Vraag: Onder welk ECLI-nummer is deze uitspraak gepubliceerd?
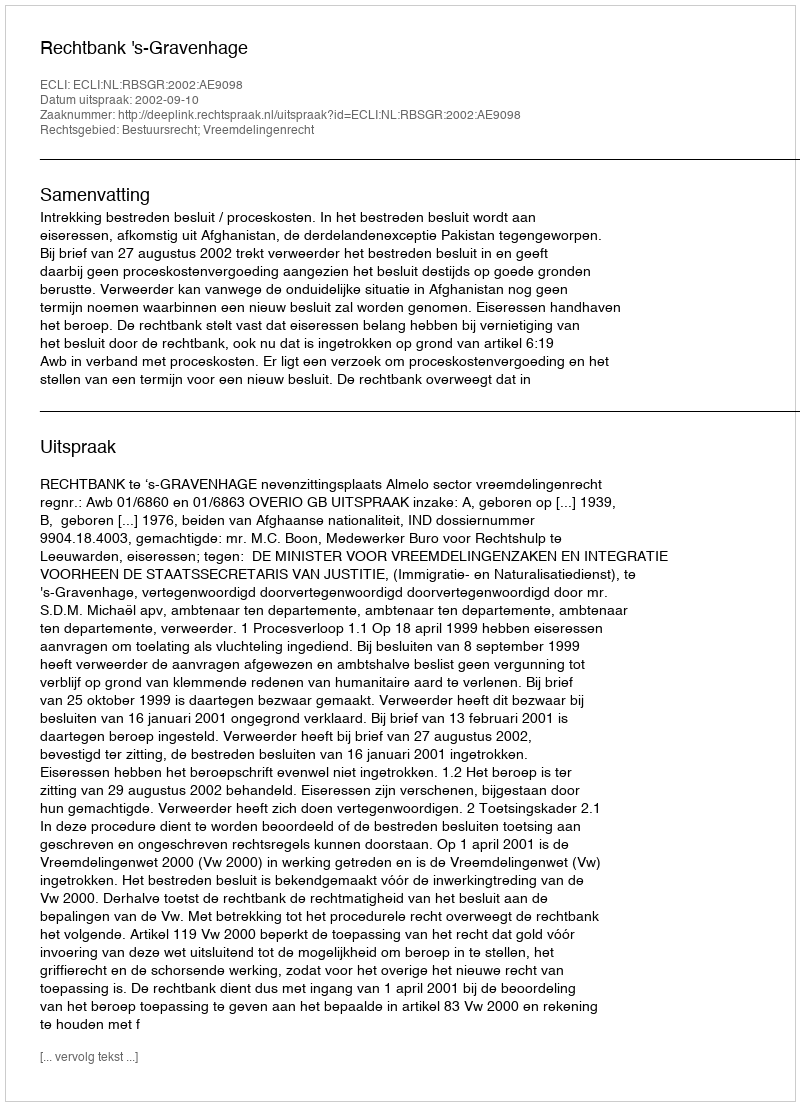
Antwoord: ECLI:NL:RBSGR:2002:AE9098